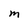
Character: M